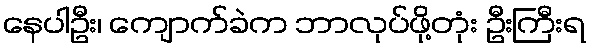
နေပါဦး၊ ကျောက်ခဲက ဘာလုပ်ဖို့တုံး ဦးကြီးရ